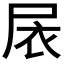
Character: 𱚸